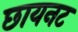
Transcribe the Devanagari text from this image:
छायनट